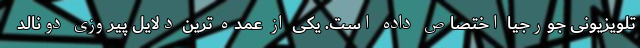
تلویزیونی جورجیا اختصاص داده است. یکی از عمده ترین دلایل پیروزی دونالد